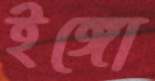
ইঙ্গো